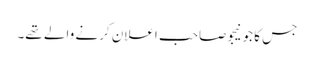
جس کا جونیجو صاحب اعلان کرنے والے تھے۔